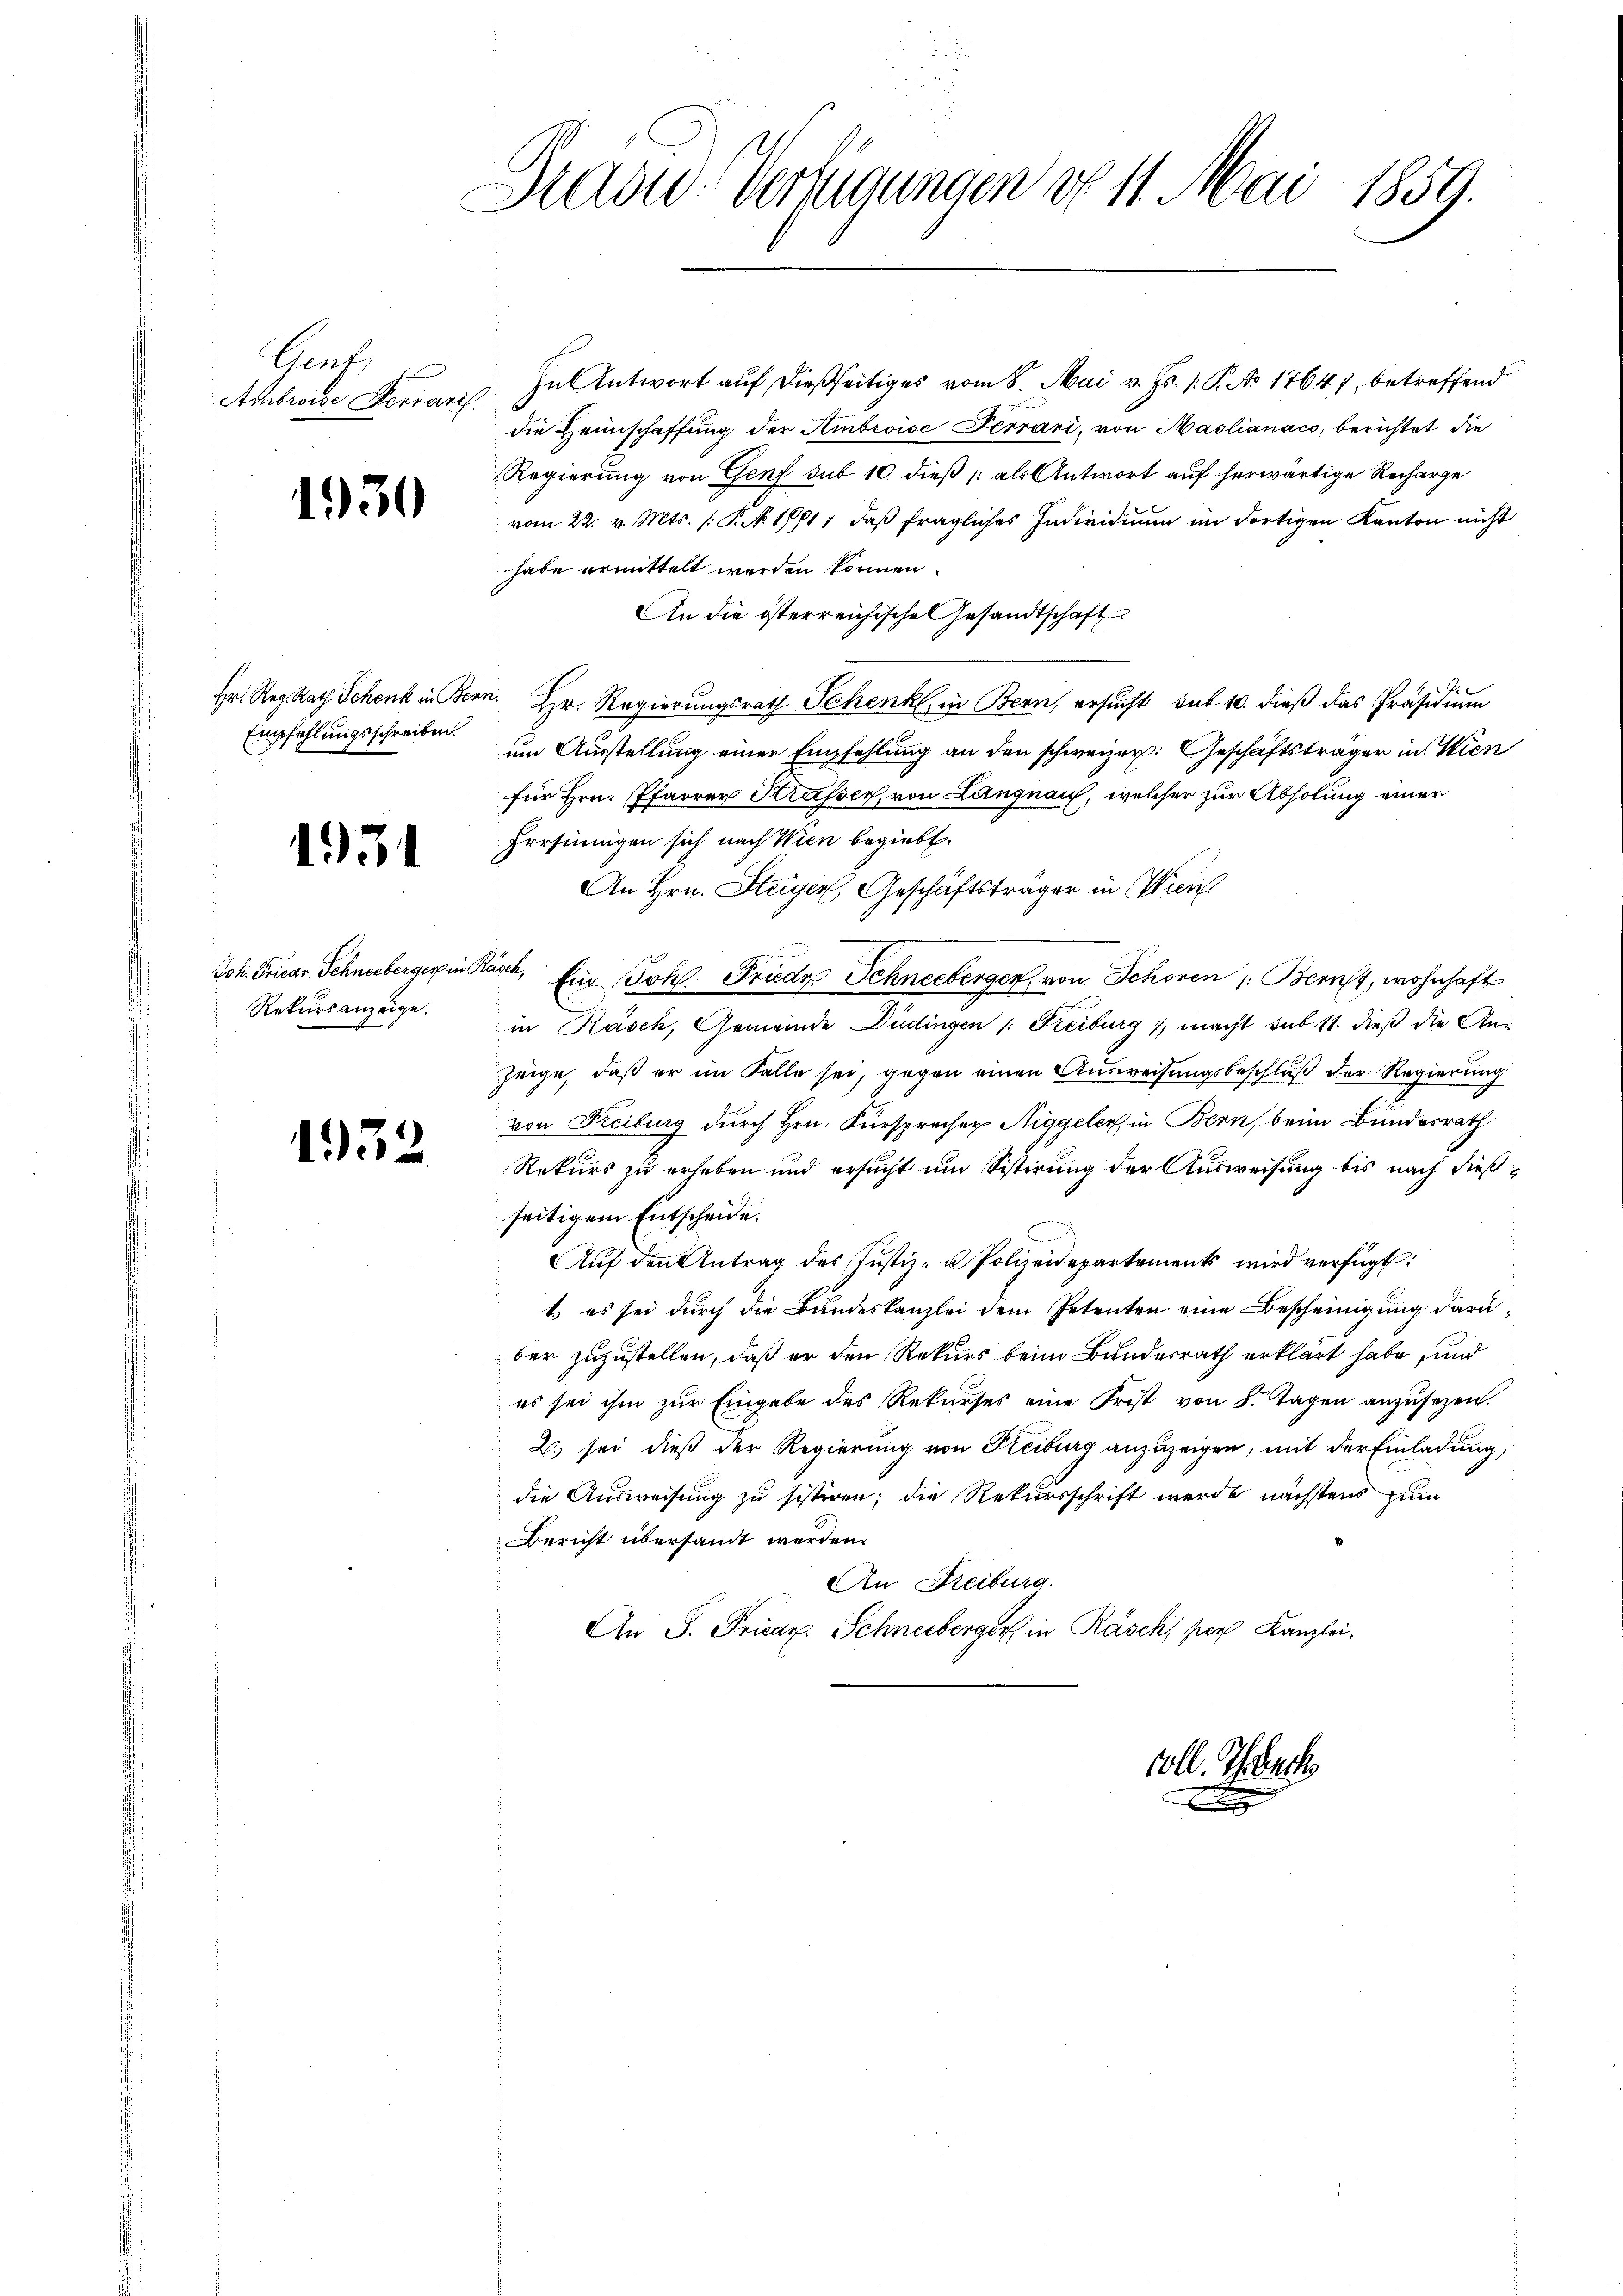
Bend.
Ambrise Verraris.

1930

Hr. Reg. Rath Schenk in Bonn
Empfehlungsschreiben

1934

Joh. Friear-Schneeberger in
Rekursanzeige.

1932.

Kadw. Verfügungen d. 11. Mai 1859.

In Antwort auf dießseitiges vom 8. Mai v. Js. 1. P. No 1764), betreffend
die Heimschaffung der Ambroise Terrani, von Maslianaco, berichtet die
Regierung von Genf sub 10. dieß als Antwort auf herwärtige Recharge
vom 22. v. Mts. (: P. N 1791, daß fragliches Individuum im dortigen Kanton nicht
habe ermittelt werden können.
An die österreichische Gesandtschaft
. Hr. Regierungsrath Schenk, in Bern, ersucht sub 10. dieß das Präsidium
um Ausstellung einer Empfehlung an den schweizer: Geschäftsträger in Wien
für Hrn. Pfarrer Krasser, von Langnau, welcher zur Abholung einer
hrrsinnigen sich nach Wien begiebt.
An Hrn. Steiger, Geschäftsträger in Wien
Tasch, Ein Joh. Friede Schneeberger, von Schönen (: Bern, wohnhaft
in Räsch, Gemeinde Düdingen /: Freiburg , macht sub 11. dieß die Anzeige, daß er im Falle sei, gegen einen Ausweisungsbeschluß der Regierung
von Freiburg durch Hrn. Fürsprecher Niggeler, in Bern, beim Bundesrath
Rekurs zu erheben und ersucht und Sistirung der Ausweisung bis nach dießseitigem Entscheide.
Aŭf den Antrag des Justiz- u Polizeidepartements wird verfügt:
1. es sei durch die Bundeskanzlei dem Petenten eine Bescheinigung darüber zuzustellen, daß er den Rekurs beim Bundesrath erklärt habe, und
es sei ihm zur Eingabe des Rekurses eine Frist von 8. Tagen anzŭsezen.
2. sei dieß der Regierung von Freiburg anzuzeigen, mit der Einladung,
die Ausweisung zu sistiren; die Rekursschrift werde nächstens zum
Bericht übersandt werden.
An Dreiburg.
An S. Pricar. Schneeberger in Rasch, pers Kanzlei.

Coll. Therech

A